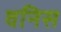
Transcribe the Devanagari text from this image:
वनिस